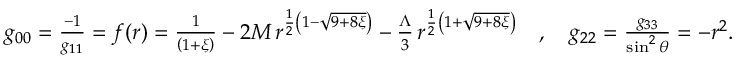
\begin{array} { r } { g _ { 0 0 } = \frac { - 1 } { g _ { 1 1 } } = f ( r ) = \frac { 1 } { \left( 1 + \xi \right) } - 2 M \, r ^ { \frac { 1 } { 2 } \left( 1 - \sqrt { 9 + 8 \xi } \right) } - \frac { \Lambda } { 3 } \, r ^ { \frac { 1 } { 2 } \left( 1 + \sqrt { 9 + 8 \xi } \right) } \quad , \quad g _ { 2 2 } = \frac { g _ { 3 3 } } { \sin ^ { 2 } \theta } = - r ^ { 2 } . } \end{array}